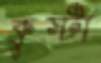
কুস্টা